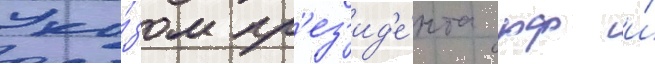
Ука́зом пр'ез'ид'е́нта рф и́